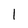
Character: l